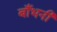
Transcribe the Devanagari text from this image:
बाँभनी